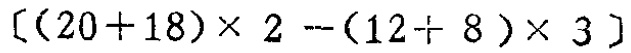
$[(20 + 18)\times 2-(12 + 8)\times 3]$